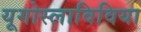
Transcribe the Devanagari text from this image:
यूगोस्लाविविया